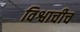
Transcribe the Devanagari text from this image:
विश्वाचीच